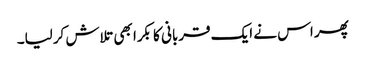
پھر اس نے ایک قربانی کا بکرا بھی تلاش کرلیا۔